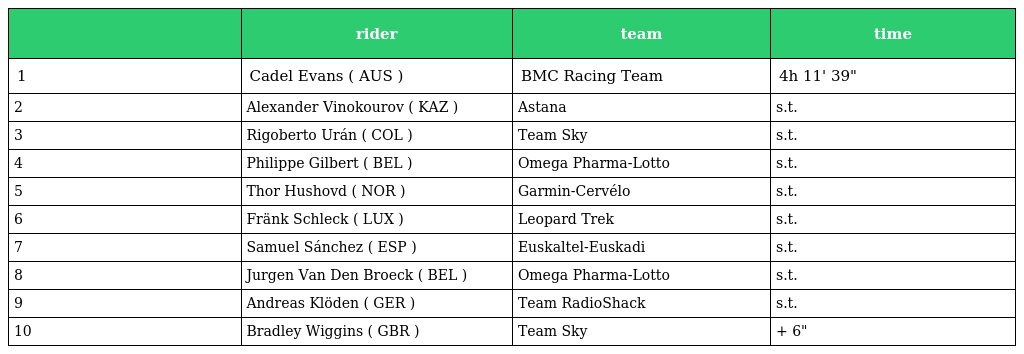
|  | rider | team | time |
 | --- | --- | --- | --- |
 | 1 | Cadel Evans ( AUS ) | BMC Racing Team | 4h 11' 39" |
 | 2 | Alexander Vinokourov ( KAZ ) | Astana | s.t. |
 | 3 | Rigoberto Urán ( COL ) | Team Sky | s.t. |
 | 4 | Philippe Gilbert ( BEL ) | Omega Pharma-Lotto | s.t. |
 | 5 | Thor Hushovd ( NOR ) | Garmin-Cervélo | s.t. |
 | 6 | Fränk Schleck ( LUX ) | Leopard Trek | s.t. |
 | 7 | Samuel Sánchez ( ESP ) | Euskaltel-Euskadi | s.t. |
 | 8 | Jurgen Van Den Broeck ( BEL ) | Omega Pharma-Lotto | s.t. |
 | 9 | Andreas Klöden ( GER ) | Team RadioShack | s.t. |
 | 10 | Bradley Wiggins ( GBR ) | Team Sky | + 6" |